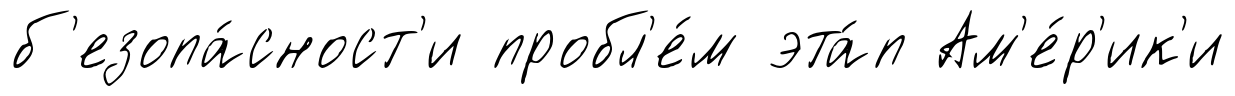
б'езопа́сност'и пробл'е́м эта́п Ам'е́р'ик'и